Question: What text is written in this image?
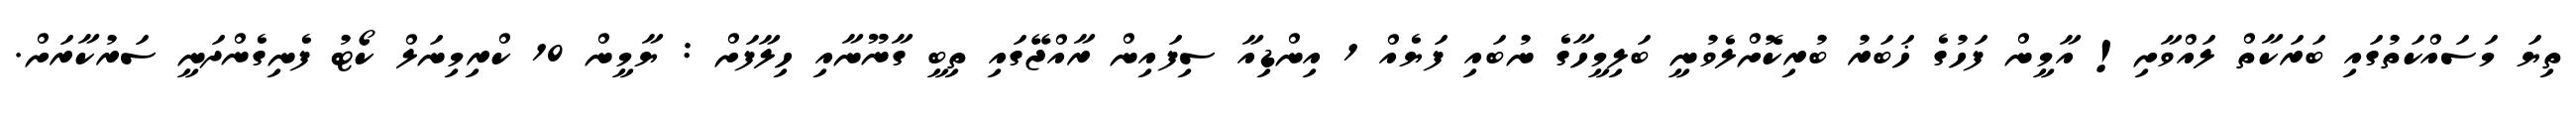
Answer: ތިޔަ މަސައްކަތުގައި ބަރަކާތް ލައްވާށި! އާމީން ފަހުގެ ޚަބަރު ބުރިކޮށްލެވުނީ ބަލިމީހާގެ ނުބައި ފަޔެއް 1 އިންޑިއާ ސިފައިން ރާއްޖޭގައި ތިބީ ގާނޫނާއި ހިލާފަށް : ޔާމީން 10 ކްރިމިނަލް ކޯޓު ފެނިގެންދަނީ ސަރުކާރަށް.